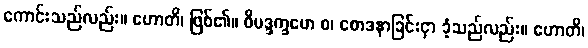
ကောင်းသည်လည်း။ ဟောတိ၊ ဖြစ်၏။ ဝိမဒ္ဒက္ခမော စ၊ စောဒနာခြင်းငှာ ခံ့သည်လည်း။ ဟောတိ၊